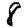
Digit: 8